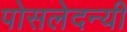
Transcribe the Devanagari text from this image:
पोसलेदन्यी